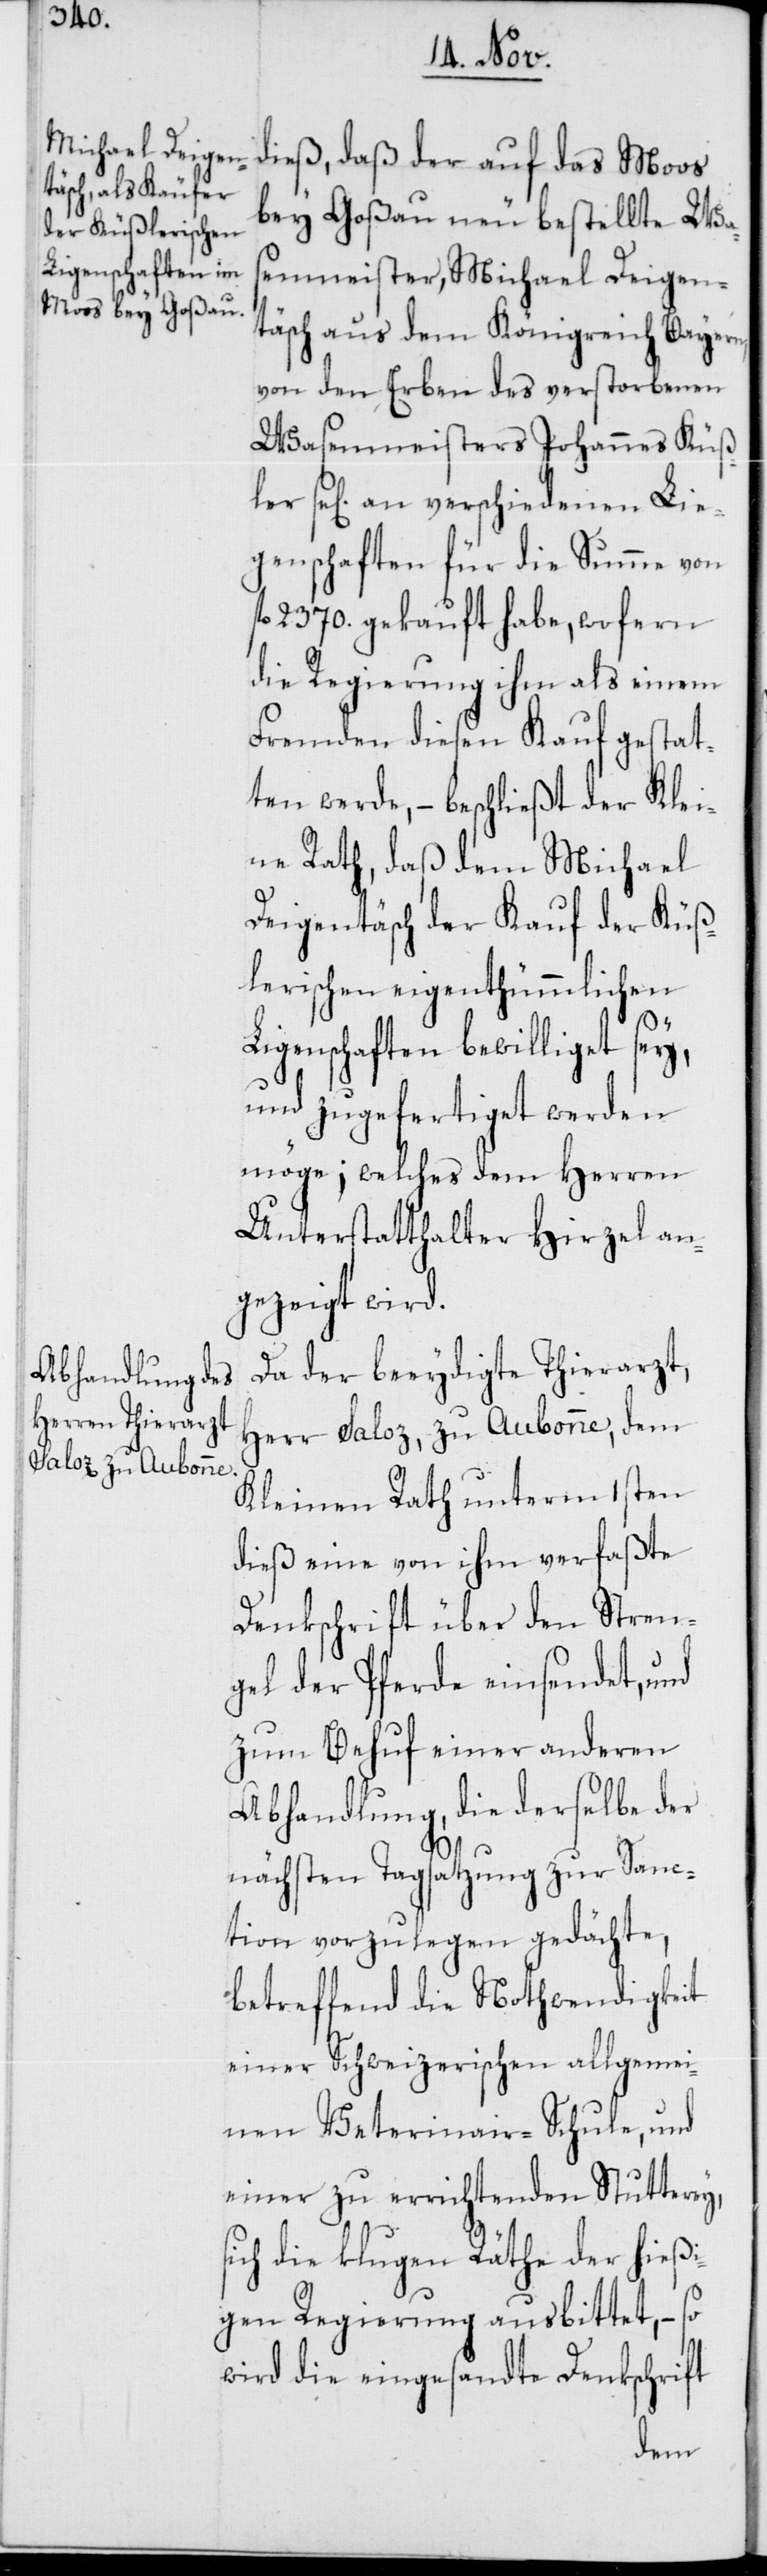
dieß, daß der auf das Moos
bey Goßau neu bestellte Was¬
enmeister, Michael Deigen¬
täsch aus dem Königreich Bayern,
von den Erben des verstorbenen
Wasenmeisters Johannes Küß¬
se[ligen] an verschiedenen Lie¬
genschaften für die Summe von
fl. 2370. gekauft habe, wofern
die Regierung ihm als einem
Fremden diesen Kauf gestat¬
ten werde, – beschließt der Klei¬
ne Rath, daß dem Michael
Deigentäsch der Kauf des Küß¬
lerischen eigenthümmlichen
Ligenschaften bewilliget sey,
und zugefertiget werden
möge; welches dem Herren
Unterstatthalter Hirzel an¬
gezeigt wird.
Da der beeydigte Thierarzt,
Herr Saloz, zu Aubonne, dem
Kleinen Rath unterm 1sten
dieß eine von ihm verfaßte
Denkschrift über den Stren¬
gel der Pferde einsendet, und
zum Behuf einer anderen
Abhandlung, die derselbe der
nächsten Tagsatzung zur Sanc¬
tion vorzulegen gedächte,
betreffend die Nothwendigkeit
einer Schweizerischen allgemei¬
nen Veterinair-Schule, und
einer zu errichtenden Stutterey,
sich die klugen Räthe der hießi¬
gen Regierung ausbittet, – so
wird die eingesandte Denkschrift
ler